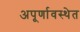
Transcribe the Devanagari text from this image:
अपूर्णावस्थेत